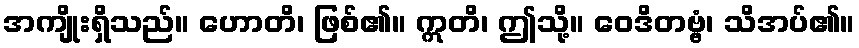
အကျိုးရှိသည်။ ဟောတိ၊ ဖြစ်၏။ ဣတိ၊ ဤသို့။ ဝေဒိတဗ္ဗံ၊ သိအပ်၏။